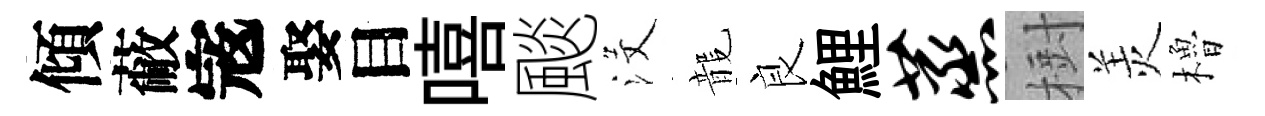
傾蔽𡨥娶目嘻颷沒龍良鯉蒸𣗳羙櫓